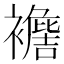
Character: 𧞟